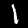
Digit: 1